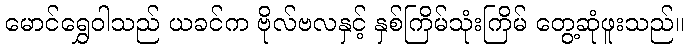
မောင်ရွှေဝါသည် ယခင်က ဗိုလ်ဗလနှင့် နှစ်ကြိမ်သုံးကြိမ် တွေ့ဆုံဖူးသည်။